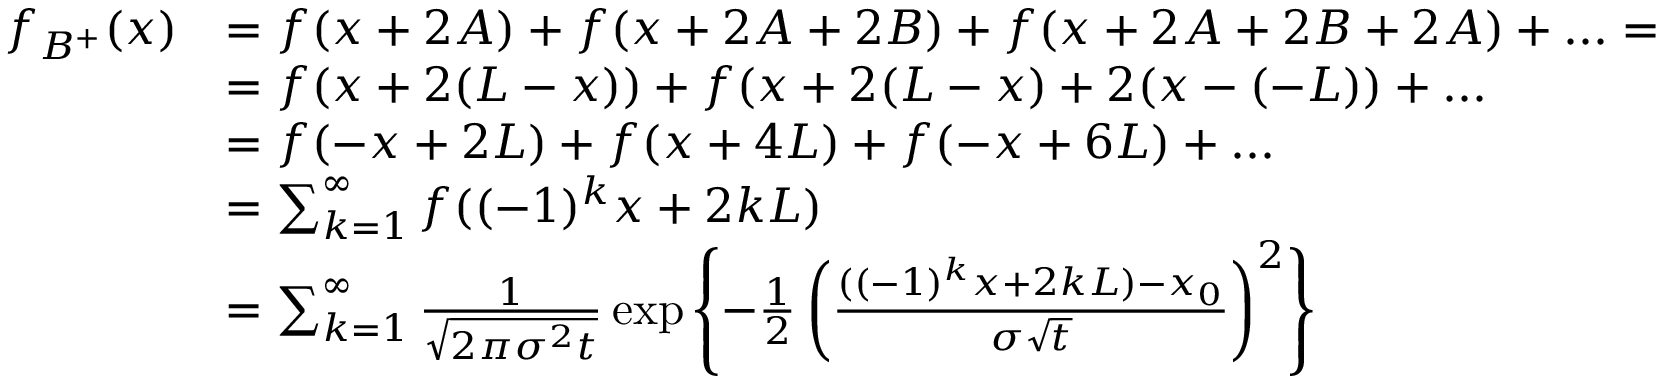
\begin{array} { r l } { f _ { B ^ { + } } ( x ) } & { = f ( x + 2 A ) + f ( x + 2 A + 2 B ) + f ( x + 2 A + 2 B + 2 A ) + . . . = } \\ & { = f ( x + 2 ( L - x ) ) + f ( x + 2 ( L - x ) + 2 ( x - ( - L ) ) + . . . } \\ & { = f ( - x + 2 L ) + f ( x + 4 L ) + f ( - x + 6 L ) + . . . } \\ & { = \sum _ { k = 1 } ^ { \infty } f ( ( - 1 ) ^ { k } x + 2 k L ) } \\ & { = \sum _ { k = 1 } ^ { \infty } \frac { 1 } { \sqrt { 2 \pi \sigma ^ { 2 } t } } \exp \left\lbrace - \frac { 1 } { 2 } \left( \frac { ( ( - 1 ) ^ { k } x + 2 k L ) - x _ { 0 } } { \sigma \sqrt { t } } \right) ^ { 2 } \right\rbrace } \end{array}